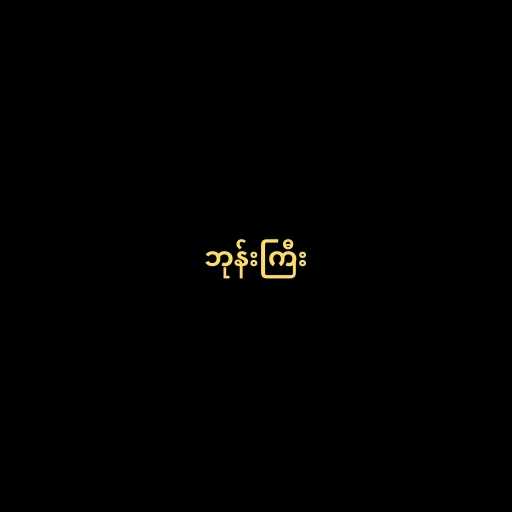
ဘုန်းကြီး